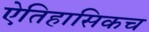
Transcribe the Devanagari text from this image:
ऐतिहासिकच